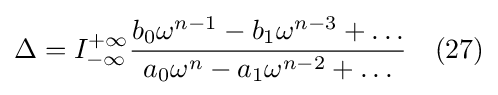
\Delta =I_{-\infty }^{+\infty }{\frac {b_{0}\omega ^{n-1}-b_{1}\omega ^{n-3}+\ldots }{a_{0}\omega ^{n}-a_{1}\omega ^{n-2}+\ldots }}\quad (27)